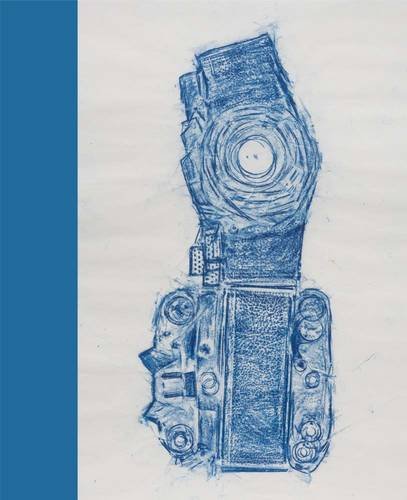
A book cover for Apparitions: Frottages and Rubbings from 1860 to Now; Allegra Pesenti; Arts & Photography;